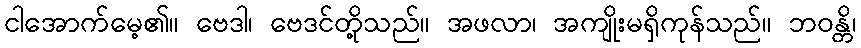
ငါအောက်မေ့၏။ ဗေဒါ၊ ဗေဒင်တို့သည်။ အဖလာ၊ အကျိုးမရှိကုန်သည်။ ဘဝန္တိ၊